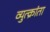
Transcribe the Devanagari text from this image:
व्युत्क्रांता